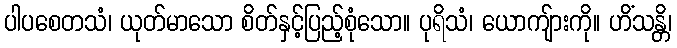
ပါပစေတသံ၊ ယုတ်မာသော စိတ်နှင့်ပြည့်စုံသော။ ပုရိသံ၊ ယောကျ်ားကို။ ဟိံသန္တိ၊